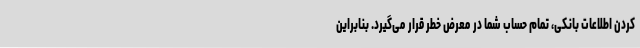
کردن اطلاعات بانکی، تمام حساب شما در معرض خطر قرار می‌گیرد. بنابراین